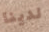
لدينا